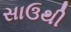
સાઉથી